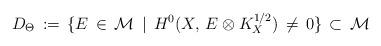
LaTeX: \begin{align*}D_\Theta\, :=\, \{E\, \in\, \mathcal M\, \mid\, H^0(X,\, E\otimes K^{1/2}_X)\,\not=\,0\}\, \subset\, \mathcal M\end{align*}